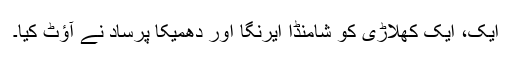
ایک، ایک کھلاڑی کو شامنڈا ایرنگا اور دھمیکا پرساد نے آؤٹ کیا۔